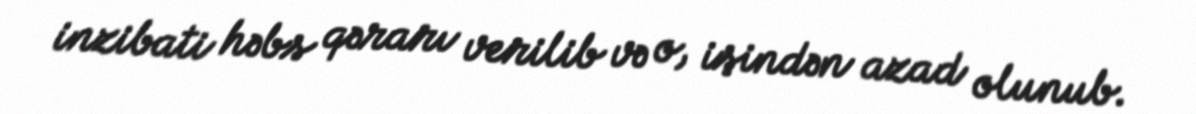
inzibati həbs qərarı verilib və o, işindən azad olunub.